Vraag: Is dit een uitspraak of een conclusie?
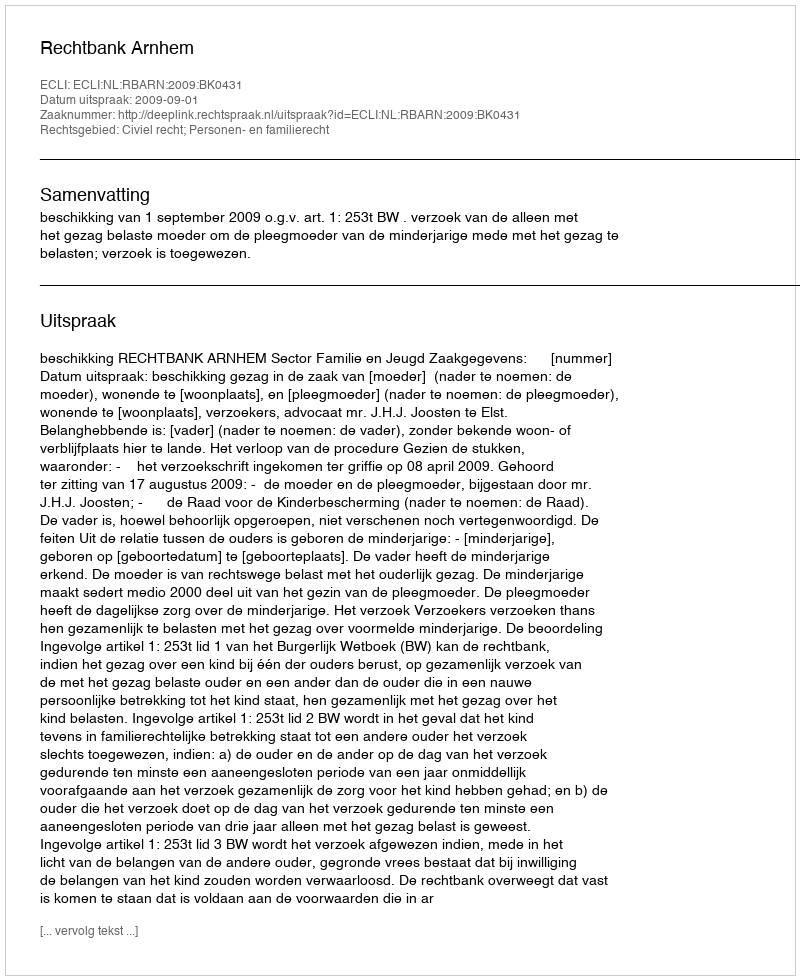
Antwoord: Uitspraak